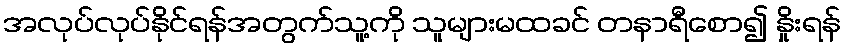
အလုပ်လုပ်နိုင်ရန်အတွက်သူ့ကို သူများမထခင် တနာရီစော၍ နှိုးရန်